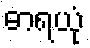
ဓာရယုံ